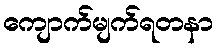
ကျောက်မျက်ရတနာ